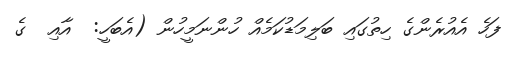
ފަހެ އެއުރެންގެ ހިތުގައި ބަލިމަޑުކަމެއް ހުންނަމީހުން (އެބަހީ:  އާއި  ގެ